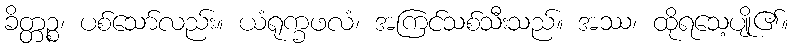
ခိတ္တဉ္စ၊ ပစ်သော်လည်း။ ယံရုက္ခဖလံ၊ အကြင်သစ်သီးသည်။ အဿ၊ ထိုရသေ့ပျို၏။